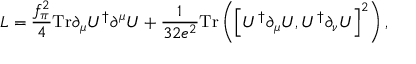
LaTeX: { \cal L } = \frac { f _ { \pi } ^ { 2 } } { 4 } \mathrm { T r } \partial _ { \mu } U ^ { \dagger } \partial ^ { \mu } U + \frac { 1 } { 3 2 e ^ { 2 } } \mathrm { T r } \left( \left[ U ^ { \dagger } \partial _ { \mu } U , U ^ { \dagger } \partial _ { \nu } U \right] ^ { 2 } \right) ,